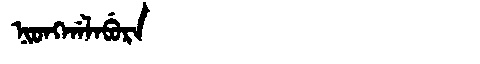
Manchu: ᠨᡳᠣᠩᡤᠠᠯᠠᠪᡠᡵᠠ
Romanization: NIONGGALABURA